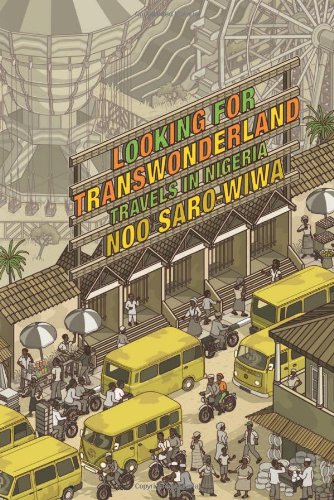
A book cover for Looking for Transwonderland: Travels in Nigeria; Noo Saro-Wiwa; Travel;